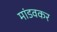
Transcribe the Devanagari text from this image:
मांडवकर